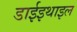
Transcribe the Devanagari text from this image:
डाईइथाइल